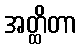
အတ္ထိတာ